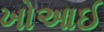
ખોઆઈ